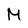
Character: M